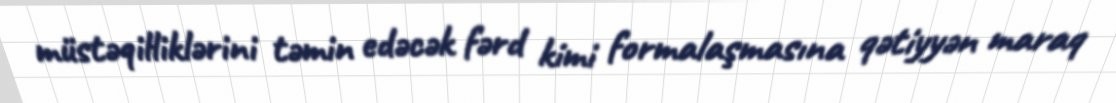
müstəqilliklərini təmin edəcək fərd kimi formalaşmasına qətiyyən maraq